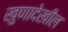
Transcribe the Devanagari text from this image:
खुणादेखील